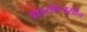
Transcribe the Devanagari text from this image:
आइसोल्यूसीन